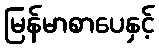
မြန်မာစာပေနှင့်